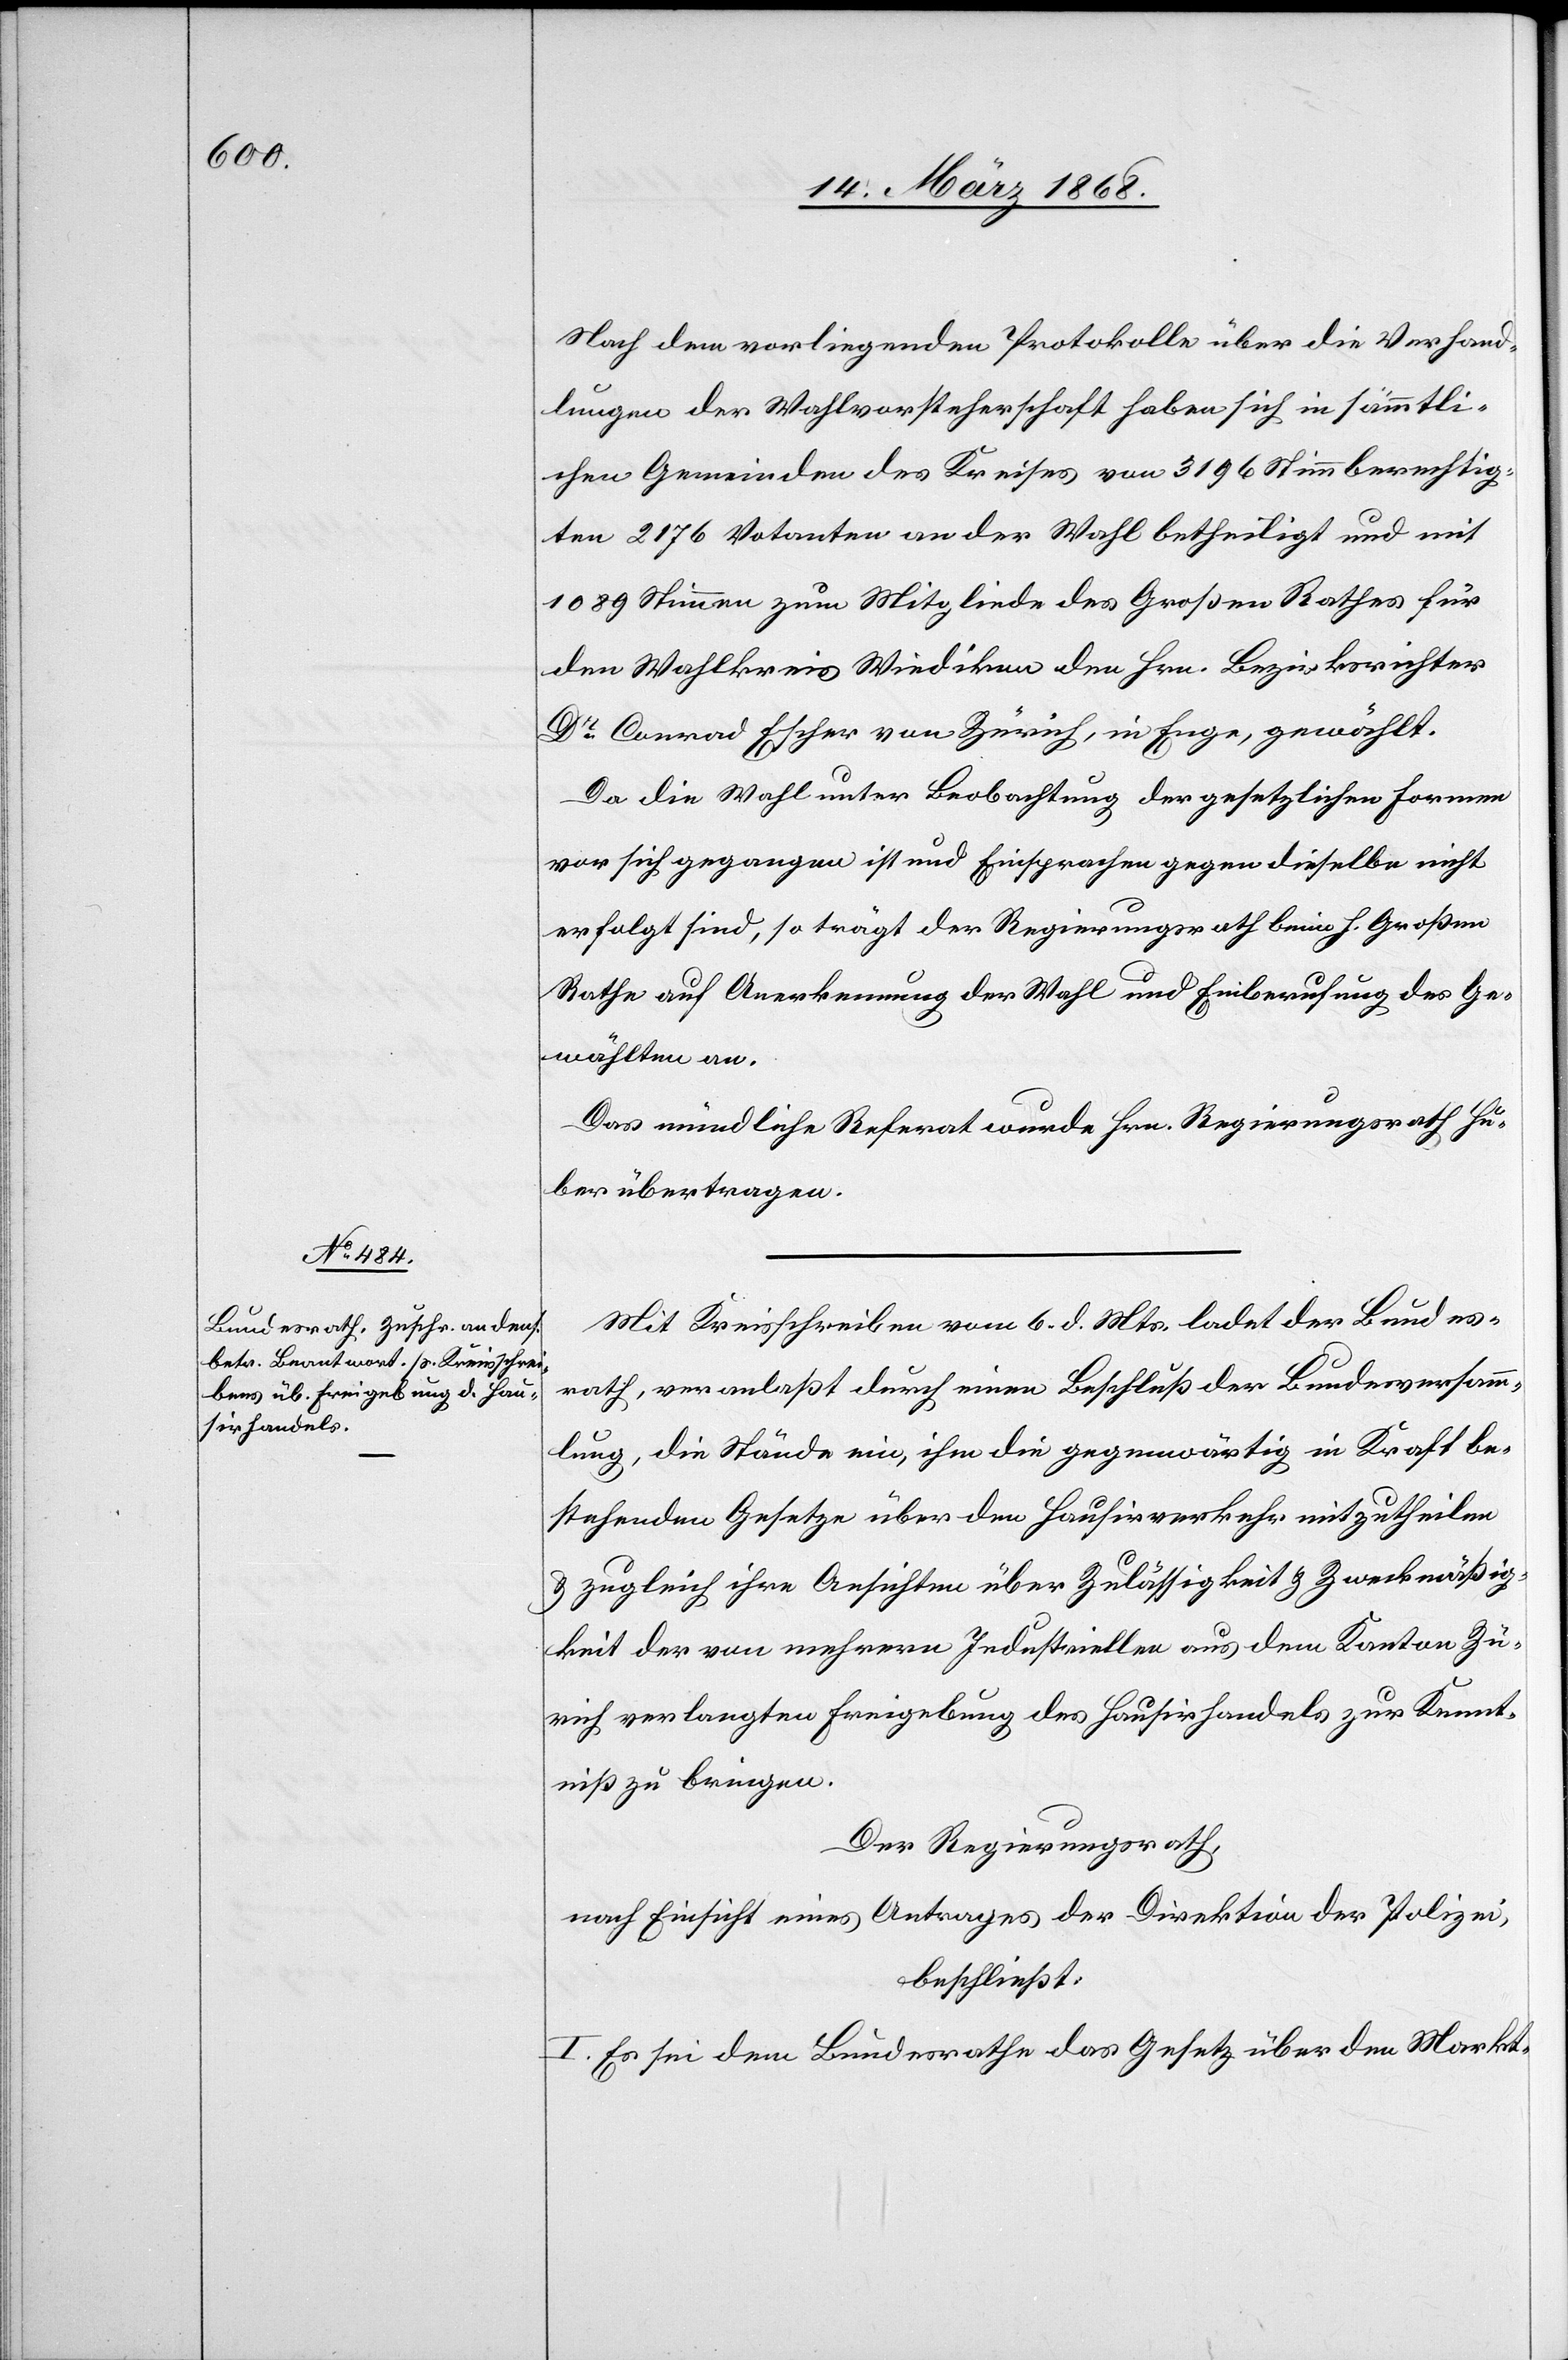
Nach dem vorliegenden Protokolle über die Verhand¬
lungen der Wahlvorsteherschaft haben sich in sämmtli¬
chen Gemeinden des Kreises von 3196 Stimmberechtig¬
ten 2176 Votanten an der Wahl betheiligt und mit
1089 Stimmen zum Mitgliede des Großen Rathes für
den Wahlkreis Wiedikon den Hrn. Bezirksrichter
Dr. Conrad Escher von Zürich, in Enge, gewählt.
Da die Wahl unter Beobachtung der gesetzlichen Formen
vor sich gegangen ist und Einsprachen gegen dieselbe nicht
erfolgt sind, so trägt der Regierungsrath beim h. Großen
Rathe auf Anerkennung der Wahl und Einberufung des Ge¬
wählten an.
Das mündliche Referat wurde Hrn. Regierungsrath Hu¬
ber übertragen.
Mit Kreisschreiben vom 6. d. Mts. ladet der Bundes¬
rath, veranlaßt durch einen Beschluß der Bundesversamm¬
lung, die Stände ein, ihm die gegenwärtig in Kraft be¬
stehenden Gesetze über den Hausirverkehr mitzutheilen
& zugleich ihre Ansichten über Zulässigkeit & Zweckmäßig¬
keit der von mehrern Industriellen aus dem Kanton Zü¬
rich verlangten Freigebung des Hausirhandels zur Kennt¬
niß zu bringen.
Der Regierungsrath,
nach Einsicht eines Antrages der Direktion der Polizei,
beschließt:
I. Es sei dem Bundesrathe das Gesetz über den Markt-